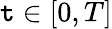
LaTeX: \mathtt{t}\in[0,T]